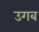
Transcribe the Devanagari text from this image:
उगब